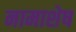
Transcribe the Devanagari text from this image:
नामाशेष